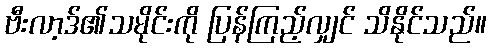
ဗီးလာ့ဒ်၏သမိုင်းကို ပြန်ကြည့်လျှင် သိနိုင်သည်။